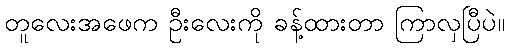
တူလေးအဖေက ဦးလေးကို ခန့်ထားတာ ကြာလှပြီပဲ။